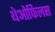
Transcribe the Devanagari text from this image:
थेओफिलस